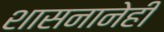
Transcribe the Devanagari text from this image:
शासनानेही